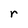
Character: r